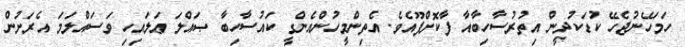
ހަމަހޭނުޖެހޭ ކުޑަކުދީން އިތުރުސާހިބާއާ ފާކޮށްފޫއެވެ. އެތިންމީހުންއެންގީ ކައުސާހިބާ ޞައްލަ ޢަލައިހި ވަސައްލަމަ އެރަށުން